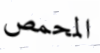
المحمص